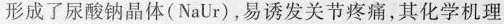
形成了尿酸钠晶体(NaUr)，易诱发关节疼痛，其化学机理